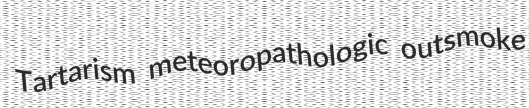
Tartarism meteoropathologic outsmoke